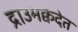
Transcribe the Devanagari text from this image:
द्राउमक्वेदेत